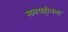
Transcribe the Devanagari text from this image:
समयहीनता